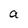
Character: a